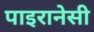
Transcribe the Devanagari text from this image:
पाइरानेसी